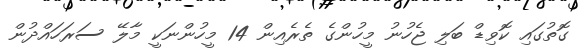
ގޮތުގައި ކޮވިޑް ބަލި ޖެހުނު މީހުންގެ ތެރެއިން 14 މީހުންނަކީ މާލޭ ސަރަހައްދުން